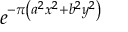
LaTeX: e ^ { - \pi \left( a ^ { 2 } x ^ { 2 } + b ^ { 2 } y ^ { 2 } \right) }